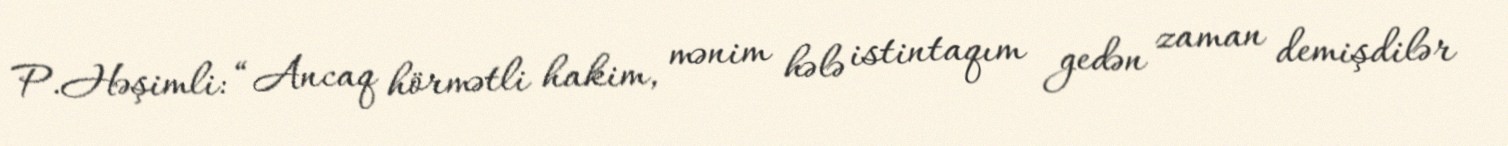
P.Həşimli: “Ancaq hörmətli hakim, mənim hələ istintaqım gedən zaman demişdilər